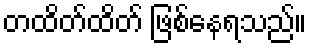
တထိတ်ထိတ် ဖြစ်နေရသည်။